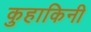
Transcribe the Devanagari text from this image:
कुहाकिनी